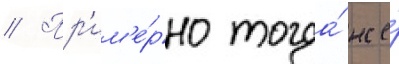
// Пр'им'е́рно тогда́ же́